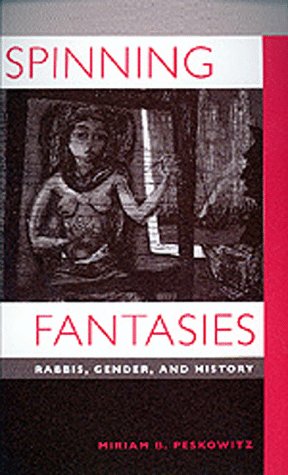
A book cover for Spinning Fantasies: Rabbis, Gender, and History (Contraversions: Critical Studies in Jewish Literature, Culture, and Society); Miriam B. Peskowitz; Science Fiction & Fantasy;